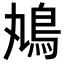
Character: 𩾞